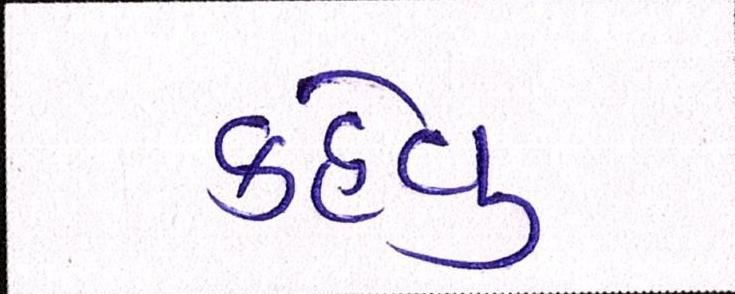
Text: કહેવુ